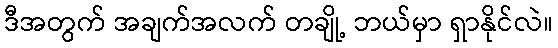
ဒီအတွက် အချက်အလက် တချို့ ဘယ်မှာ ရှာနိုင်လဲ။